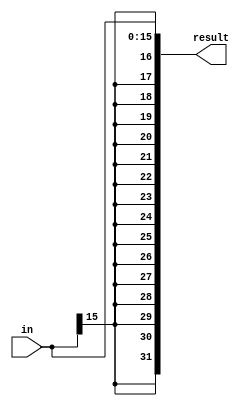
module signExt
(
	input [15:0] in ,
	output [31:0] result
);
	wire sign;
	assign sign = in [15];
	assign result = {{16{sign}},in} ;
endmodule